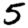
Digit: 5